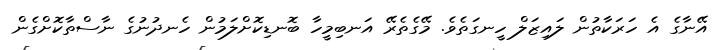
އޭނާގެ އެ ހަރަކާތުން ލައިޒަލް ހީނގަތެވެ. މޭގެތެރޭ އަނބިމީހާ ބޮނޑިކޮށްލަމުން ހެނދުނުގެ ނާސްތާކޮށްގެން